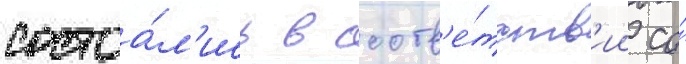
состоа́л'ись в соотв'е́тств'ии со́